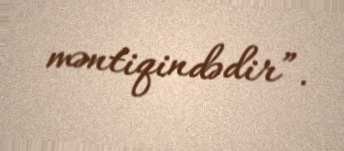
məntiqindədir”.